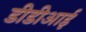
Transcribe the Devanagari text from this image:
डीडीआई